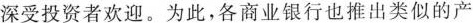
深受投资者欢迎。为此，各商业银行也推出类似的产